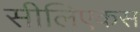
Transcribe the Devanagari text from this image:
सीलिएकस